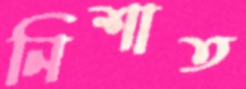
নিশাত